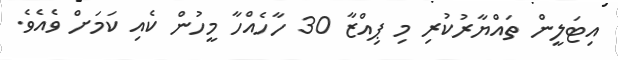
އިޓަލީން ތައްޔާރުކުރި މި ޕިއްޒާ 30 ހާހެއްހާ މީހުން ކެއި ކަމަށް ވެއެވެ.